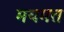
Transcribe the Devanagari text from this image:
मयमत